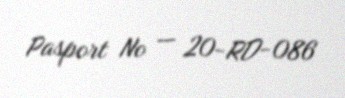
Pasport № — 20-RD-086